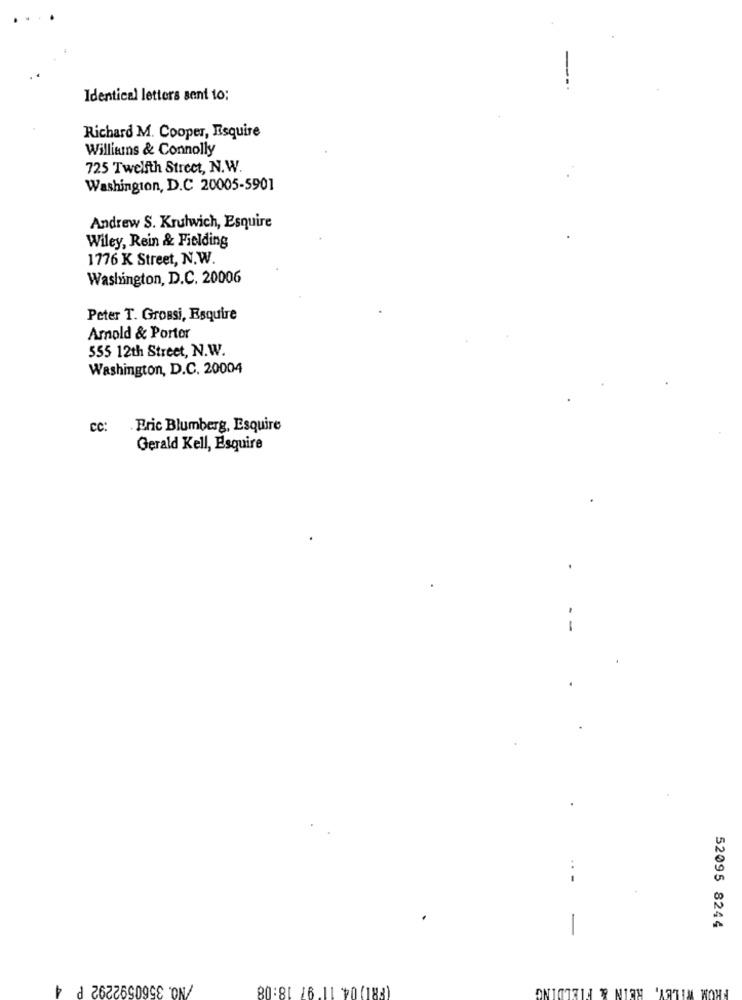
Identical letters sent to:
Richard M. Cooper, Esquire
Willians & Connolly
725 Twelfth Street, N.W.
Washington, D.C 20005-5901
Andrew S. Krulwich, Esquire
Wiley, Rein & Fielding
1776 K Street, N.W.
Washington, D.C. 20006
Peter T. Grossi, Esquire
Amold & Porter
555 12th Street, N.W.
Washington, D.C. 20004
CC:
Eric Blumberg, Esquire
Gerald Kell, Esquire
52095 8244
4
/NO. 3560592292 P
(881) 04. 11 97 18:08
REIN & FIELDING
FROM WILEY,